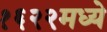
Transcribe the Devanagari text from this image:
१६२२मध्ये